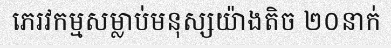
ភេរវកម្មសម្លាប់មនុស្សយ៉ាងតិច ២០នាក់